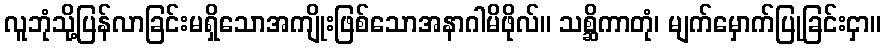
လူဘုံသို့ပြန်လာခြင်းမရှိသောအကျိုးဖြစ်သောအနာဂါမိဖိုလ်။ သစ္ဆိကာတုံ၊ မျက်မှောက်ပြုခြင်းငှာ။